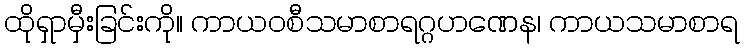
ထိုရှာမှီးခြင်းကို။ ကာယဝစီသမာစာရဂ္ဂဟဏေန၊ ကာယသမာစာရ